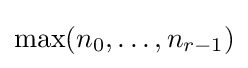
\max(n_{0},\dots ,n_{r-1})